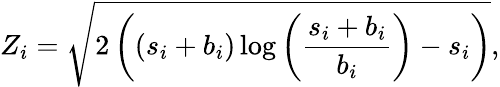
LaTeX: Z_{i}=\sqrt{2\left(\left(s_{i}+b_{i}\right)\log\left(\frac{s_{i}+b_{i}}{b_{i}}\right)-s_{i}\right)},